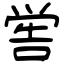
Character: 喾